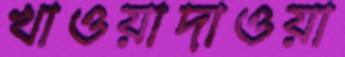
খাওয়াদাওয়া